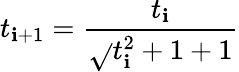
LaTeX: t_{\mathbf{i}+1}={\frac{{t_{\mathbf{i}}}}{{{\sqrt{}{{t_{\mathbf{i}}^{2}+1}}}+1}}}